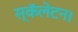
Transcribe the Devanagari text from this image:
स्कॅलेटन।